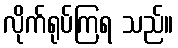
လိုက်ရုပ်ကြရ သည်။